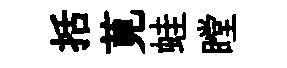
括莧蛙瞠